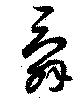
舜